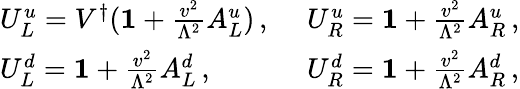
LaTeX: \begin{array}{ll}{{U_{L}^{u}=V^{\dagger}({\mathbf{1}}+\frac{v^{2}}{\Lambda^{2}}A_{L}^{u})\, ,~}}&{{U_{R}^{u}={\mathbf{1}}+\frac{v^{2}}{\Lambda^{2}}A_{R}^{u}\, ,}}\\ {{U_{L}^{d}={\mathbf{1}}+\frac{v^{2}}{\Lambda^{2}}A_{L}^{d}\, ,}}&{{U_{R}^{d}={\mathbf{1}}+\frac{v^{2}}{\Lambda^{2}}A_{R}^{d}\, ,}}\end{array}